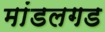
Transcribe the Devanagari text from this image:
मांडलगड